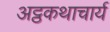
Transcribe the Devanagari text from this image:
अट्ठकथाचार्य